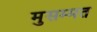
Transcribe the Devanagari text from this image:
मुसम्मत